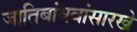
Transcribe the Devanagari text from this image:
जातिबांधवांसारखे